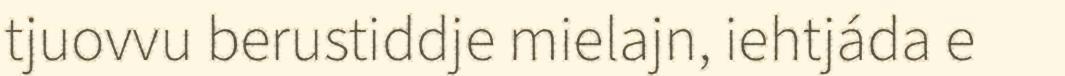
tjuovvu berustiddje mielajn, iehtjáda e